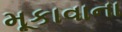
મૂકાવાના